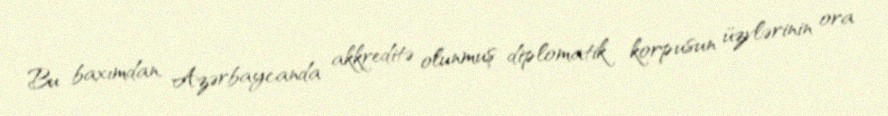
Bu baxımdan, Azərbaycanda akkreditə olunmuş diplomatik korpusun üzvlərinin ora